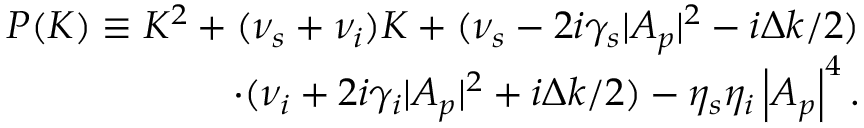
\begin{array} { r } { P ( K ) \equiv K ^ { 2 } + ( \nu _ { s } + \nu _ { i } ) K + ( \nu _ { s } - 2 i \gamma _ { s } | A _ { p } | ^ { 2 } - i \Delta k / 2 ) } \\ { \cdot ( \nu _ { i } + 2 i \gamma _ { i } | A _ { p } | ^ { 2 } + i \Delta k / 2 ) - \eta _ { s } \eta _ { i } \left| A _ { p } \right| ^ { 4 } . } \end{array}